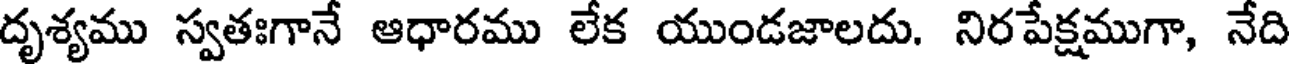
దృశ్యము స్వతఃగానే ఆధారము లేక యుండజాలదు. నిరపేక్షముగా, నేది